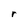
Character: r